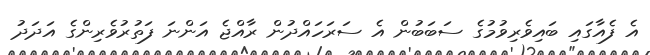
އެ ފެއާގައި ބައިވެރިވުމުގެ ސަބަބުން އެ ސަރަހައްދުން ރާއްޖެ އަންނަ ފަތުރުވެރިންގެ އަދަދު